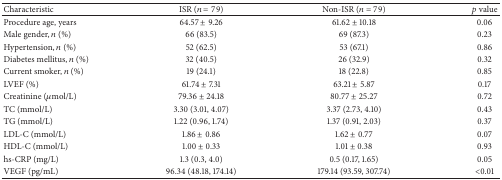
<table><thead><tr><td><b>Characteristic</b></td><td><b>ISR (<i>n</i> = 79)</b></td><td><b>Non-ISR (<i>n</i> = 79)</b></td><td><b><i>p</i> value</b></td></tr></thead><tbody><tr><td>Procedure age, years</td><td>64.57 ± 9.26</td><td>61.62 ± 10.18</td><td>0.06</td></tr><tr><td>Male gender, <i>n</i> (%)</td><td>66 (83.5)</td><td>69 (87.3)</td><td>0.23</td></tr><tr><td>Hypertension, <i>n</i> (%)</td><td>52 (62.5)</td><td>53 (67.1)</td><td>0.86</td></tr><tr><td>Diabetes mellitus, <i>n</i> (%)</td><td>32 (40.5)</td><td>26 (32.9)</td><td>0.32</td></tr><tr><td>Current smoker, <i>n</i> (%)</td><td>19 (24.1)</td><td>18 (22.8)</td><td>0.85</td></tr><tr><td>LVEF (%)</td><td>61.74 ± 7.31</td><td>63.21 ± 5.87</td><td>0.17</td></tr><tr><td>Creatinine (<i>μ</i>mol/L)</td><td>79.36 ± 24.18</td><td>80.77 ± 25.27</td><td>0.72</td></tr><tr><td>TC (mmol/L)</td><td>3.30 (3.01, 4.07)</td><td>3.37 (2.73, 4.10)</td><td>0.43</td></tr><tr><td>TG (mmol/L)</td><td>1.22 (0.96, 1.74)</td><td>1.37 (0.91, 2.03)</td><td>0.37</td></tr><tr><td>LDL-C (mmol/L)</td><td>1.86 ± 0.86</td><td>1.62 ± 0.77</td><td>0.07</td></tr><tr><td>HDL-C (mmol/L)</td><td>1.00 ± 0.33</td><td>1.01 ± 0.38</td><td>0.93</td></tr><tr><td>hs-CRP (mg/L)</td><td>1.3 (0.3, 4.0)</td><td>0.5 (0.17, 1.65)</td><td>0.05</td></tr><tr><td>VEGF (pg/mL)</td><td>96.34 (48.18, 174.14)</td><td>179.14 (93.59, 307.74)</td><td>&lt;0.01</td></tr></tbody></table>